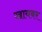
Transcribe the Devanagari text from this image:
खायबर